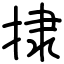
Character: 捸